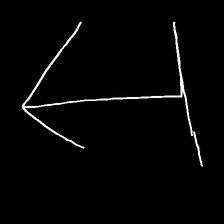
Glyph: levitation